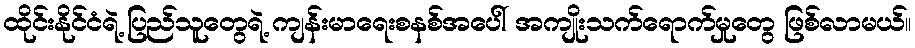
ထိုင်းနိုင်ငံရဲ့ ပြည်သူတွေရဲ့ ကျန်းမာရေးစနစ်အပေါ် အကျိုးသက်ရောက်မှုတွေ ဖြစ်လာမယ်။